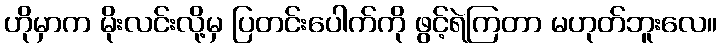
ဟိုမှာက မိုးလင်းလို့မှ ပြတင်းပေါက်ကို ဖွင့်ရဲကြတာ မဟုတ်ဘူးလေ။